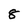
Character: 8